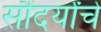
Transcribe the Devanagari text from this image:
सौंदर्यांचे